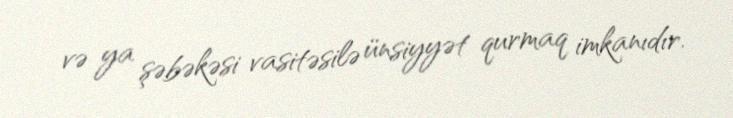
və ya şəbəkəsi vasitəsilə ünsiyyət qurmaq imkanıdır.